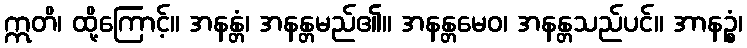
ဣတိ၊ ထို့ကြောင့်။ အနန္တံ၊ အနန္တမည်၏။ အနန္တမေဝ၊ အနန္တသည်ပင်။ အာနဉ္စံ၊